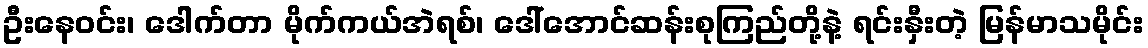
ဦးနေဝင်း၊ ဒေါက်တာ မိုက်ကယ်အဲရစ်၊ ဒေါ်အောင်ဆန်းစုကြည်တို့နဲ့ ရင်းနှီးတဲ့ မြန်မာသမိုင်း